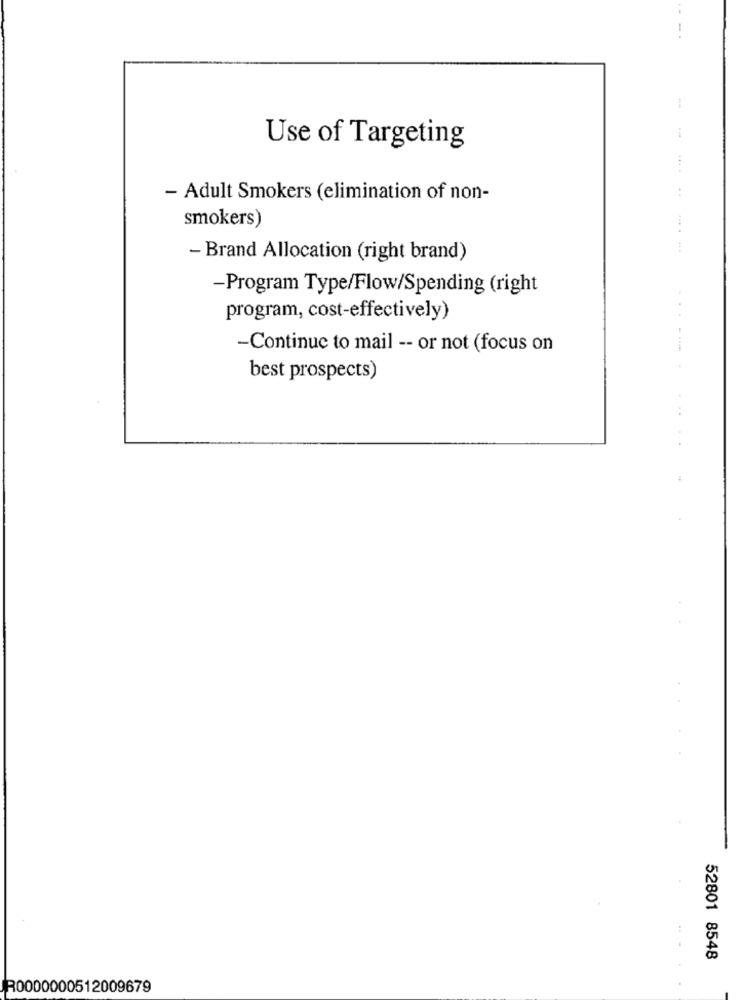
..
1
Use of Targeting
- Adult Smokers (elimination of non-
smokers)
- Brand Allocation (right brand)
-Program Type/Flow/Spending (right
program, cost-effectively)
-Continue to mail -- or not (focus on
best prospects)
52801 8548
R0000000512009679